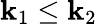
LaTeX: \mathbf{k}_{1}\leq\mathbf{k}_{2}